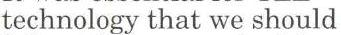
technology that we should